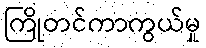
ကြိုတင်ကာကွယ်မှု